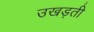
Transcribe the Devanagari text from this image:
उखड़ती